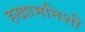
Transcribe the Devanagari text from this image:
हखामनिशी